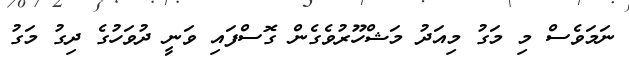
ނަމަވެސް މި މަގު މިއަދު މަޝްހޫރުވެގެން ގޮސްފައި ވަނީ ދުވަހުގެ ދިގު މަގު